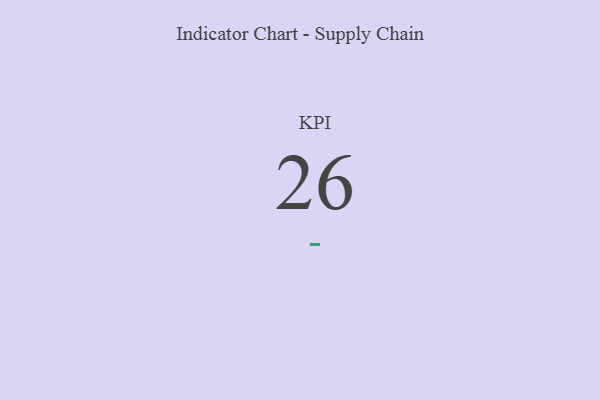
{"axis": {"x": "KPI", "y": "Value"}, "legend": [""], "data": [{"x": "KPI", "y": 26, "type": ""}]}